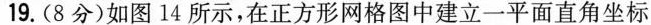
19.(8分)如图14所示，在正方形网格图中建立一平面直角坐标